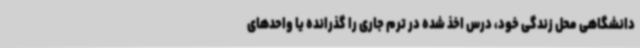
دانشگاهی محل زندگی خود، درس اخذ شده در ترم جاری را گذرانده یا واحدهای